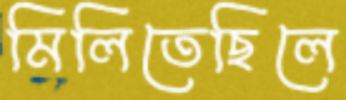
মিলিতেছিলে